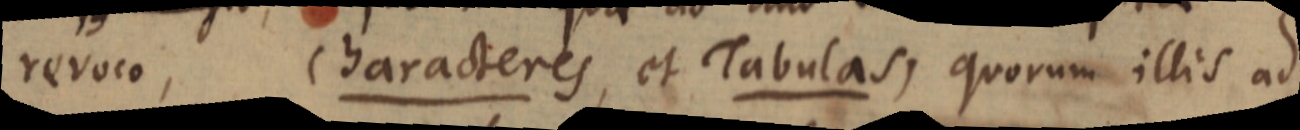
revoco, Characteres, et Tabulas, quorum illis ad